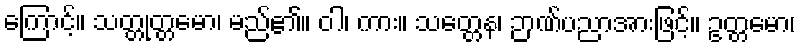
ကြောင့်။ သတ္တုတ္တမော၊ မည်၏။ ဝါ၊ ကား။ သတ္တေန၊ ဉာဏ်ပညာအားဖြင့်။ ဥတ္တမော၊